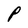
Character: P